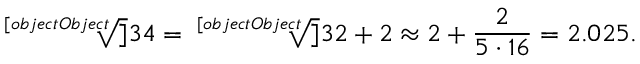
{ \sqrt [ [object Object] ] { 3 4 } } = { \sqrt [ [object Object] ] { 3 2 + 2 } } \approx 2 + { \frac { 2 } { 5 \cdot 1 6 } } = 2 . 0 2 5 .